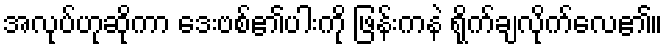
အလုပ်ဟုဆိုကာ ဒေးဗစ်၏ပါးကို ဖြန်းကနဲ ရိုက်ချလိုက်လေ၏။